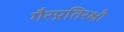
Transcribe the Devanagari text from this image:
गैरप्रतिरक्षी